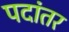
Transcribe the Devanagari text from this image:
पदांतर